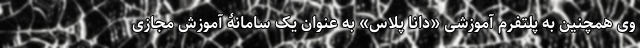
وی همچنین به پلتفرم آموزشی «دانا پلاس» به عنوان یک سامانۀ آموزش مجازی